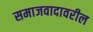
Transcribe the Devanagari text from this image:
समाजवादावरील